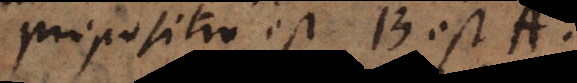
propositio est B est A.